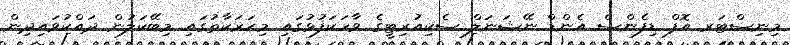
މިނިސްޓަރ އޮފް ޑިފެންސް އެންޑް ނޭޝަނަލް ސެކިއުރިޓީގެ ވާހަކަފުޅުގައި މިޙަރަކާތުގައި މިބޭކަލުން ދައްކުވައިދިން